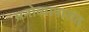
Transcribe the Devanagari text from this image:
मनोव्यापारांत